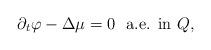
LaTeX: \begin{align*} \partial_t \varphi - \Delta \mu= 0 \ \ \textrm{a.e. in $Q$,}\end{align*}